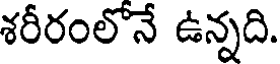
శరీరంలోనే ఉన్నది.